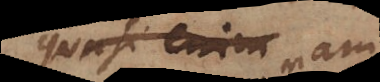
quasi enim.